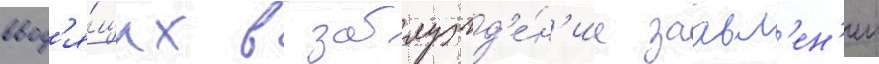
ввод'я́щих в заблужд'е́н'ие заавл'ен'ии